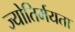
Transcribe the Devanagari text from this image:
ज्योतिर्मयता